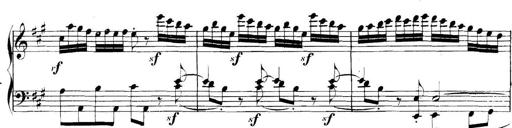
Title: Collected Piano Sonatas
Composer: Muzio Clementi